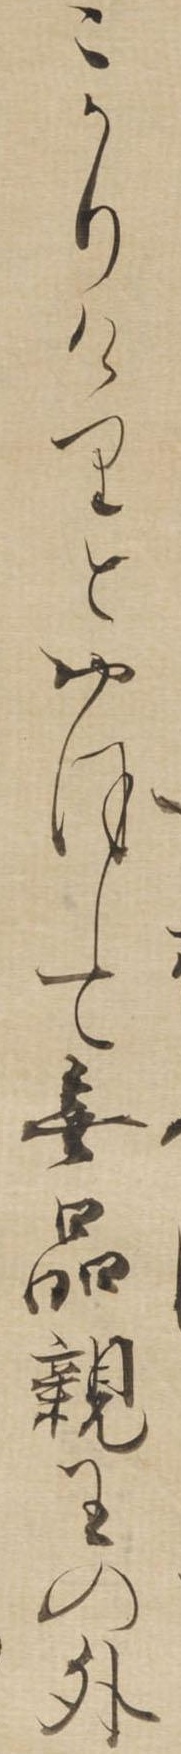
こかりけりとおほして無品親王の外